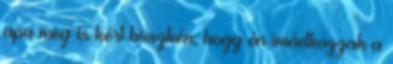
apa meg is kért büszkén, hogy én imádkozzak a